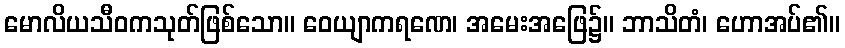
မောလိယသီဝကသုတ်ဖြစ်သော။ ဝေယျာကရဏေ၊ အမေးအဖြေ၌။ ဘာသိတံ၊ ဟောအပ်၏။